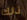
ذلك